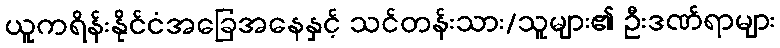
ယူကရိန်းနိုင်ငံအခြေအနေနှင့် သင်တန်းသား/သူများ၏ ဦးဒဏ်ရာများ